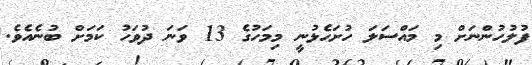
ފުލުހުންނަށް މި މައްސަލަ ހުށަހެޅުނީ މިމަހުގެ 13 ވަނަ ދުވަހު ކަމަށް ބުނެއެވެ.